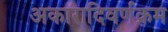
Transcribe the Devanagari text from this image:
अकारादिवर्णक्रम